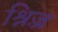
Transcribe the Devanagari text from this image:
श्निज़्र